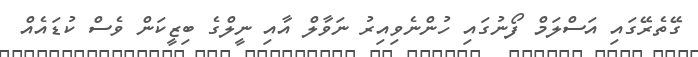
ގޭތެރޭގައި އަސްލަމް ފޯނުގައި ހުންނެވިއިރު ނަވާލް އާއި ނީލްގެ ބިޒީކަން ވެސް ކުޑައެއް